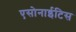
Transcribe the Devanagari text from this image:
एसोनाईटिस